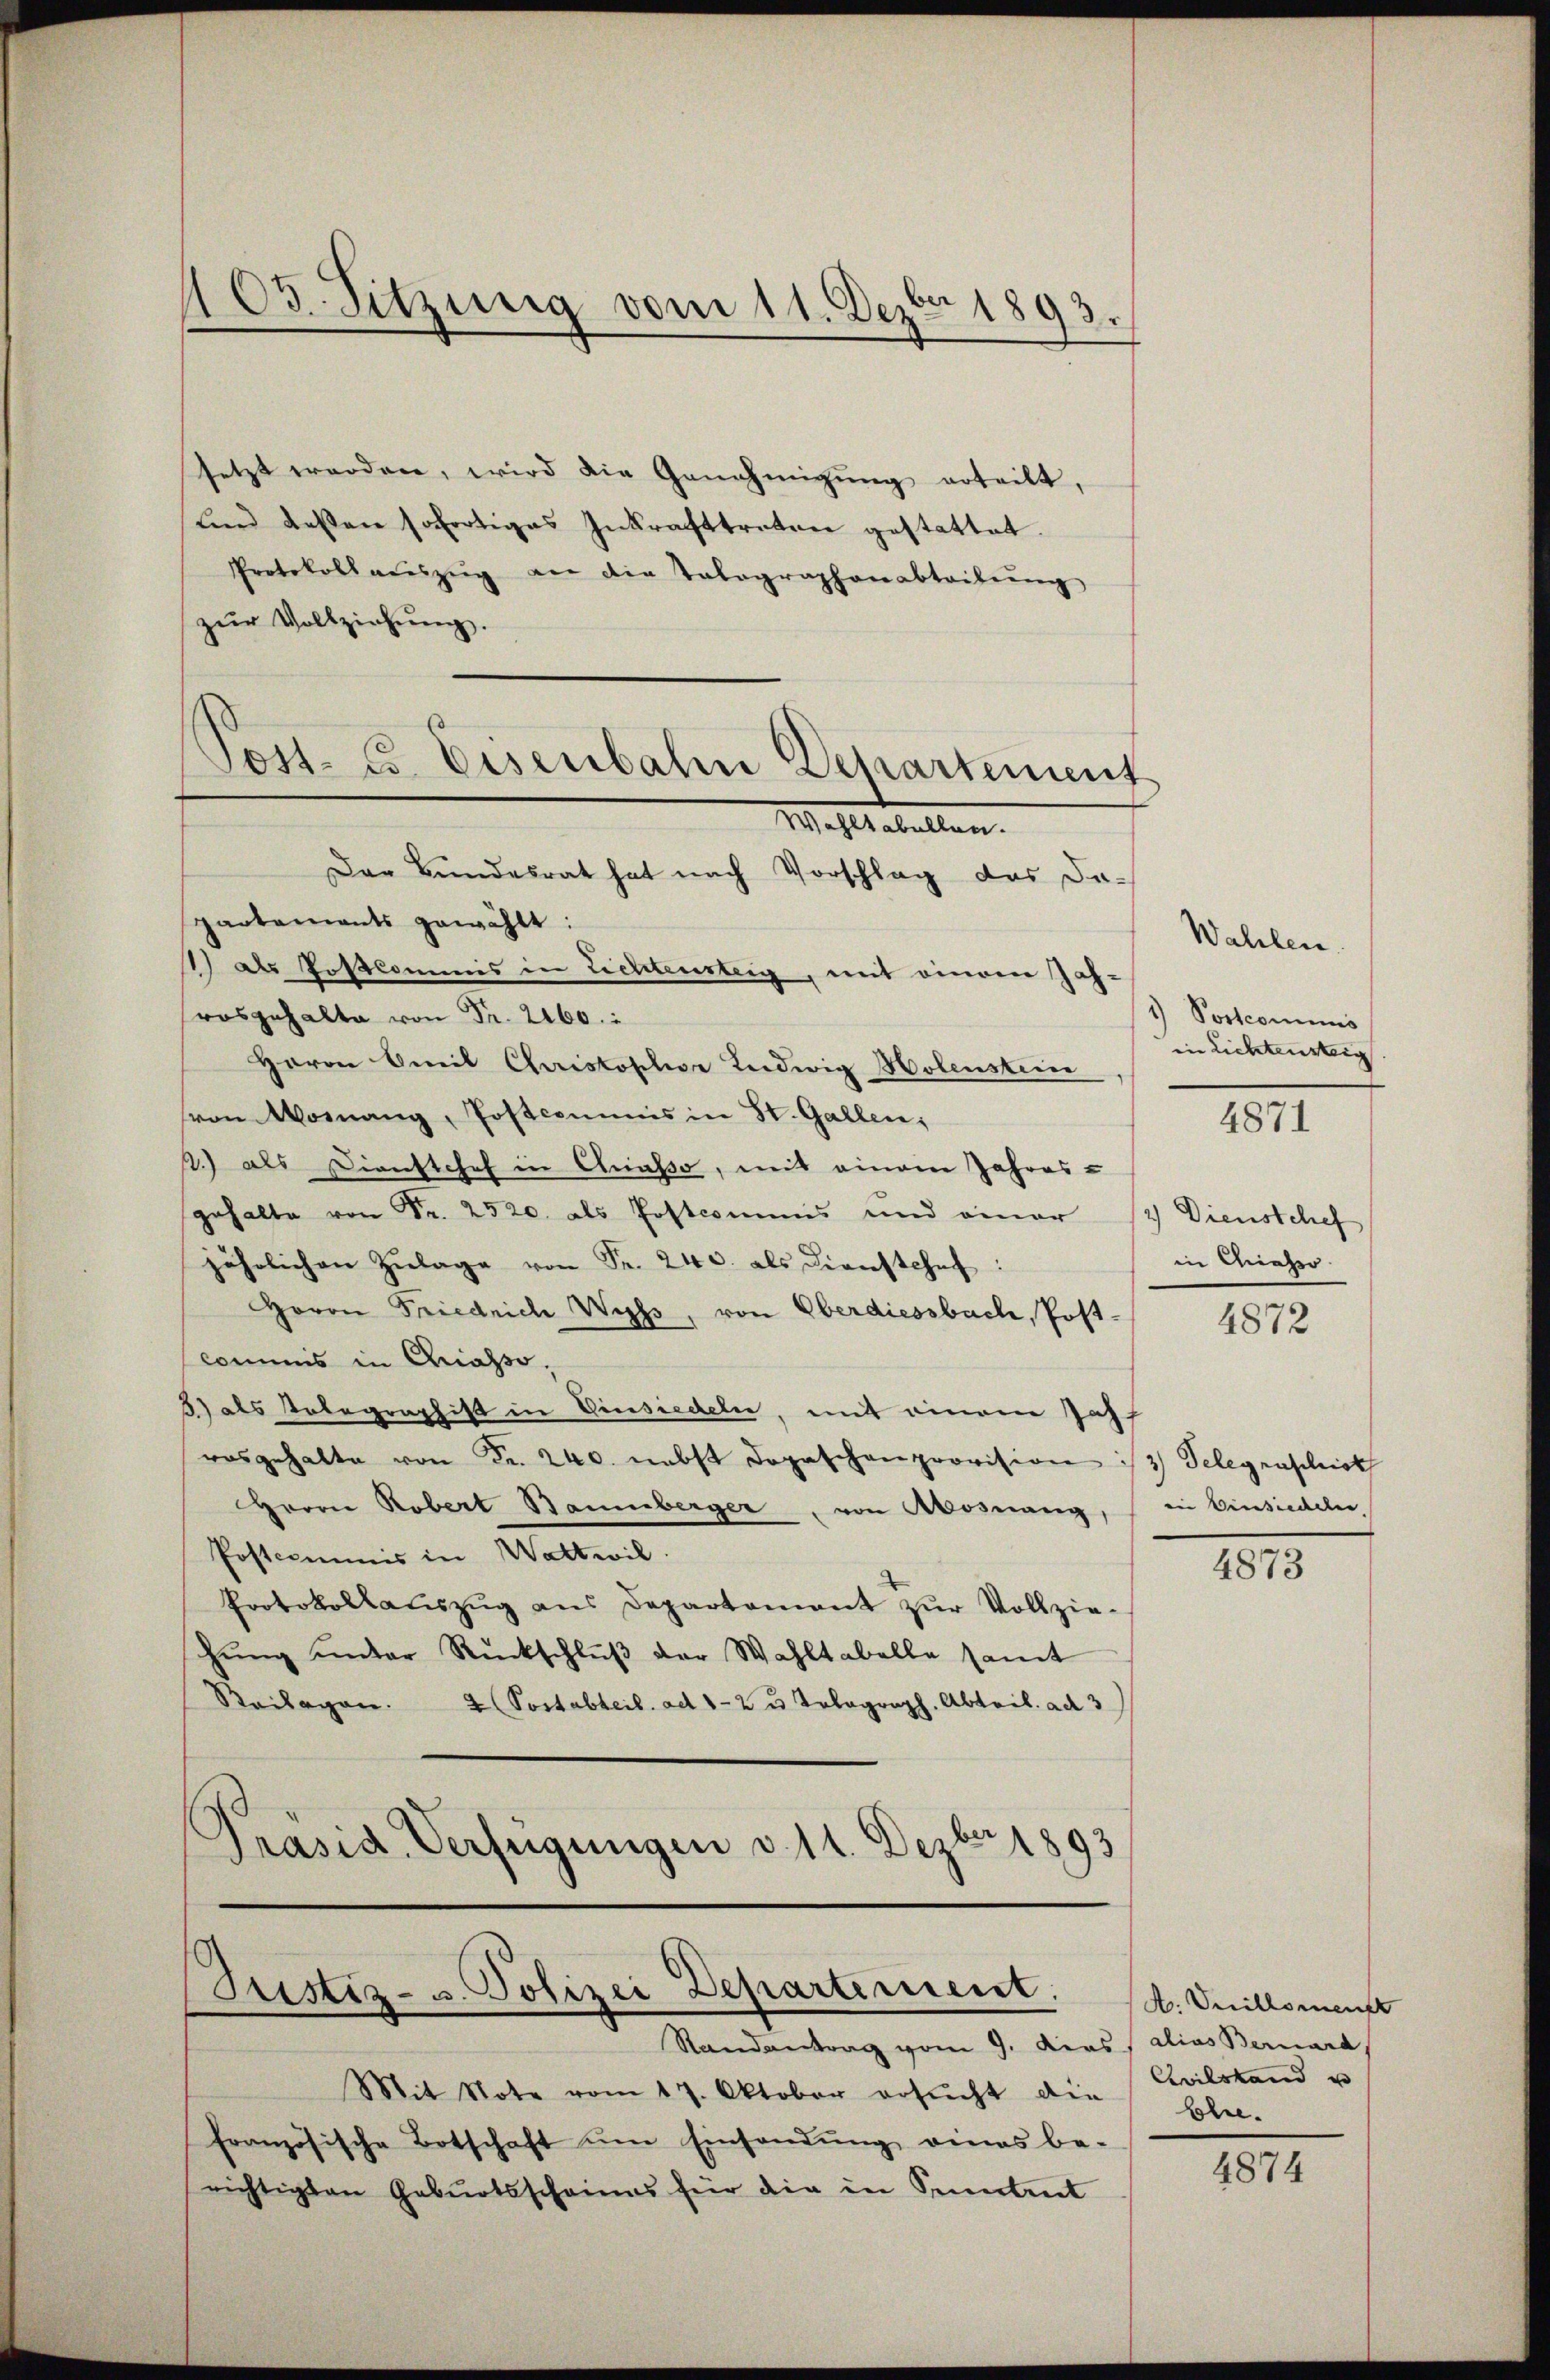
105. Sitzung vom 11. Dezbr 1893.

Post- u. Eisenbahn Departement

setzt worden, wird die Genehmigung erteilt,
ŭnd dessen sofortiges Inkrafttreten gestattet.
Protokoll aŭszŭg an die Talographenabteilŭng
zŭr Vollziehŭng.
Wahl abellen.
Der Bundesrat hat nach Vorschlag das da
partements gewählt:
1) als Postkommis in Lichtensteig, mit einen Jah-
rosgehalte von Fr. 2260.
Herrn Emil Christosehr Ludwig Holenstein
von Worang, Postcommis in St. Gallen;
1) als Dienstchef in Anato, mit einem Jahres-
gehalte von Fr. 2520. als Postcommis und einer
jährlichen Zŭlage von Fr. 240. als Dienstehe
Herrn Friedrich Wechs, von Oberdiessbach, Post-
commis in Criasso.
5) als Polegraphist in Einsiedeln, mit einem Jah
rasgehalte von Fr. 240. nebst dopaschenprovision
Herrn Robert Baumberger, von Mosnang,
Postcommis in Wattwil
Protokollauszug aus Departamant zur Vollziehŭng ŭnter Rückschlŭβ der Wahltabelle samt
Beilagen. 2 (Postabteil. ad 1-2 u Tolograph, Abteil. ad 3
Präsid. Verfügungen v. 11. Dezbr 1893

Justiz- u. Polizei Departement.

Randantrag vom 9. Dies alias Bernard,
Mit Note vom 17. Oktober ersŭcht der blei-
französische Botschaft ŭm Einsandŭng eines be-
richtigten Geburtsscheines für die in Seitet

Wahlen.
1) Postcommis
in Lichtensteig

4871

2) Dienstchef
in Chiahro

4872

3) Telegraschick
iin Versiedlen

4873

A. Weillement
Civilstand u

4874